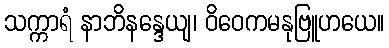
သက္ကာရံ နာဘိနန္ဒေယျ၊ ဝိဝေကမနုဗြူဟယေ။